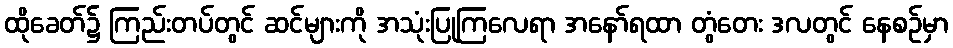
ထိုခေတ်၌ ကြည်းတပ်တွင် ဆင်များကို အသုံးပြုကြလေရာ အနော်ရထာ တွံတေး ဒလတွင် နေစဉ်မှာ